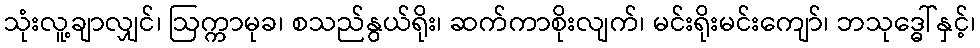
သုံးလူ့ချာလျှင်၊ ဩက္ကာမုခ၊ စသည်နွယ်ရိုး၊ ဆက်ကာစိုးလျက်၊ မင်းရိုးမင်းကျော်၊ ဘသုဒ္ဓေါ်နှင့်၊